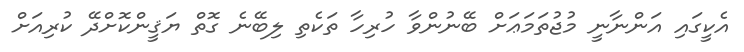
އެކީގައި އަންނާނީ މުޖުތަމަޢަށް ބޭނުންވާ ހުރިހާ ތަކެތި ލިބޭނެ ގޮތް ޔަޤީންކޮށްދޭ ކުރިއަށް